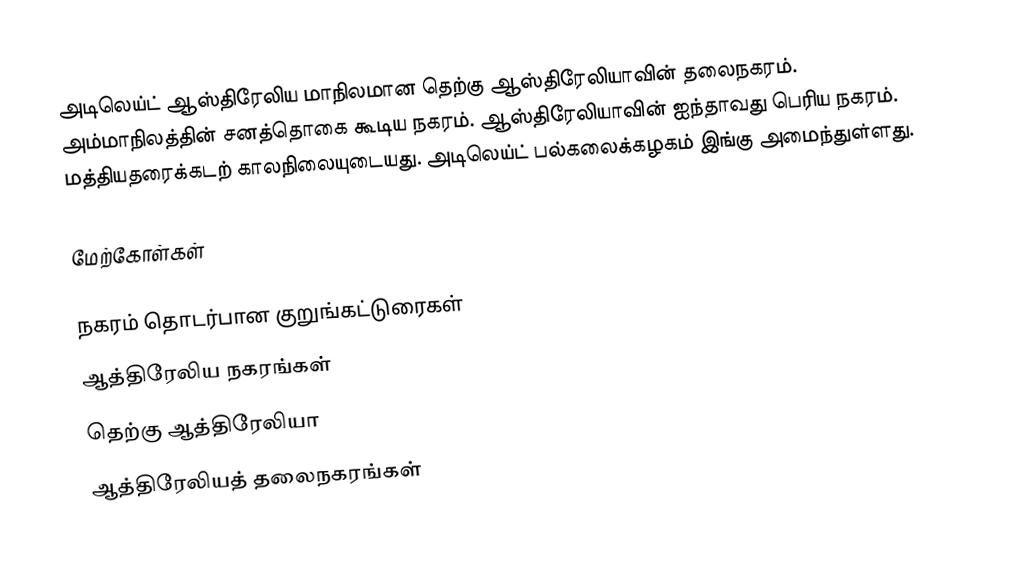
அடிலெய்ட் ஆஸ்திரேலிய மாநிலமான தெற்கு ஆஸ்திரேலியாவின் தலைநகரம். அம்மாநிலத்தின் சனத்தொகை கூடிய நகரம். ஆஸ்திரேலியாவின் ஐந்தாவது பெரிய நகரம். மத்தியதரைக்கடற் காலநிலையுடையது. அடிலெய்ட் பல்கலைக்கழகம் இங்கு அமைந்துள்ளது.

மேற்கோள்கள்

நகரம் தொடர்பான குறுங்கட்டுரைகள்
ஆத்திரேலிய நகரங்கள்
தெற்கு ஆத்திரேலியா
ஆத்திரேலியத் தலைநகரங்கள்